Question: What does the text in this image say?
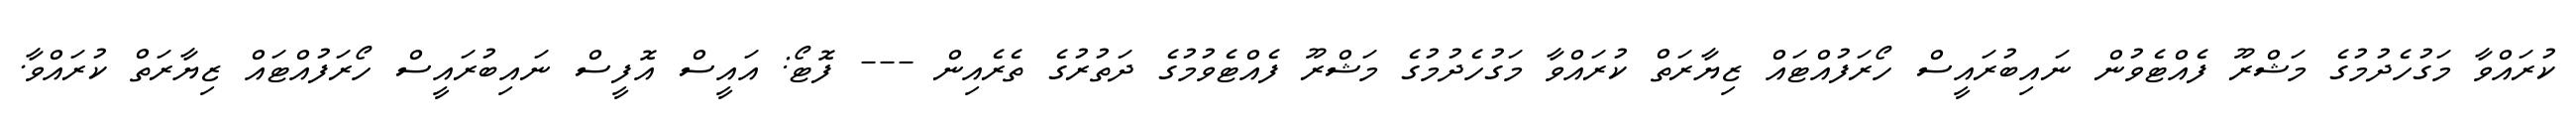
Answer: ކުރައްވާ މަގުހެދުމުގެ މަޝްރޫ ފެއްޓެވުން ނައިބުރައީސް ހޯރަފުއްޓައް ޒިޔާރަތް ކުރައްވާ މަގުހެދުމުގެ މަޝްރޫ ފެއްޓެވުމުގެ ދަތުރުގެ ތެރެއިން --- ފޮޓޯ: އައީސް އޮފީސް ނައިބުރައީސް ހޯރަފުއްޓައް ޒިޔާރަތް ކުރައްވާ.